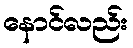
နောင်လည်း